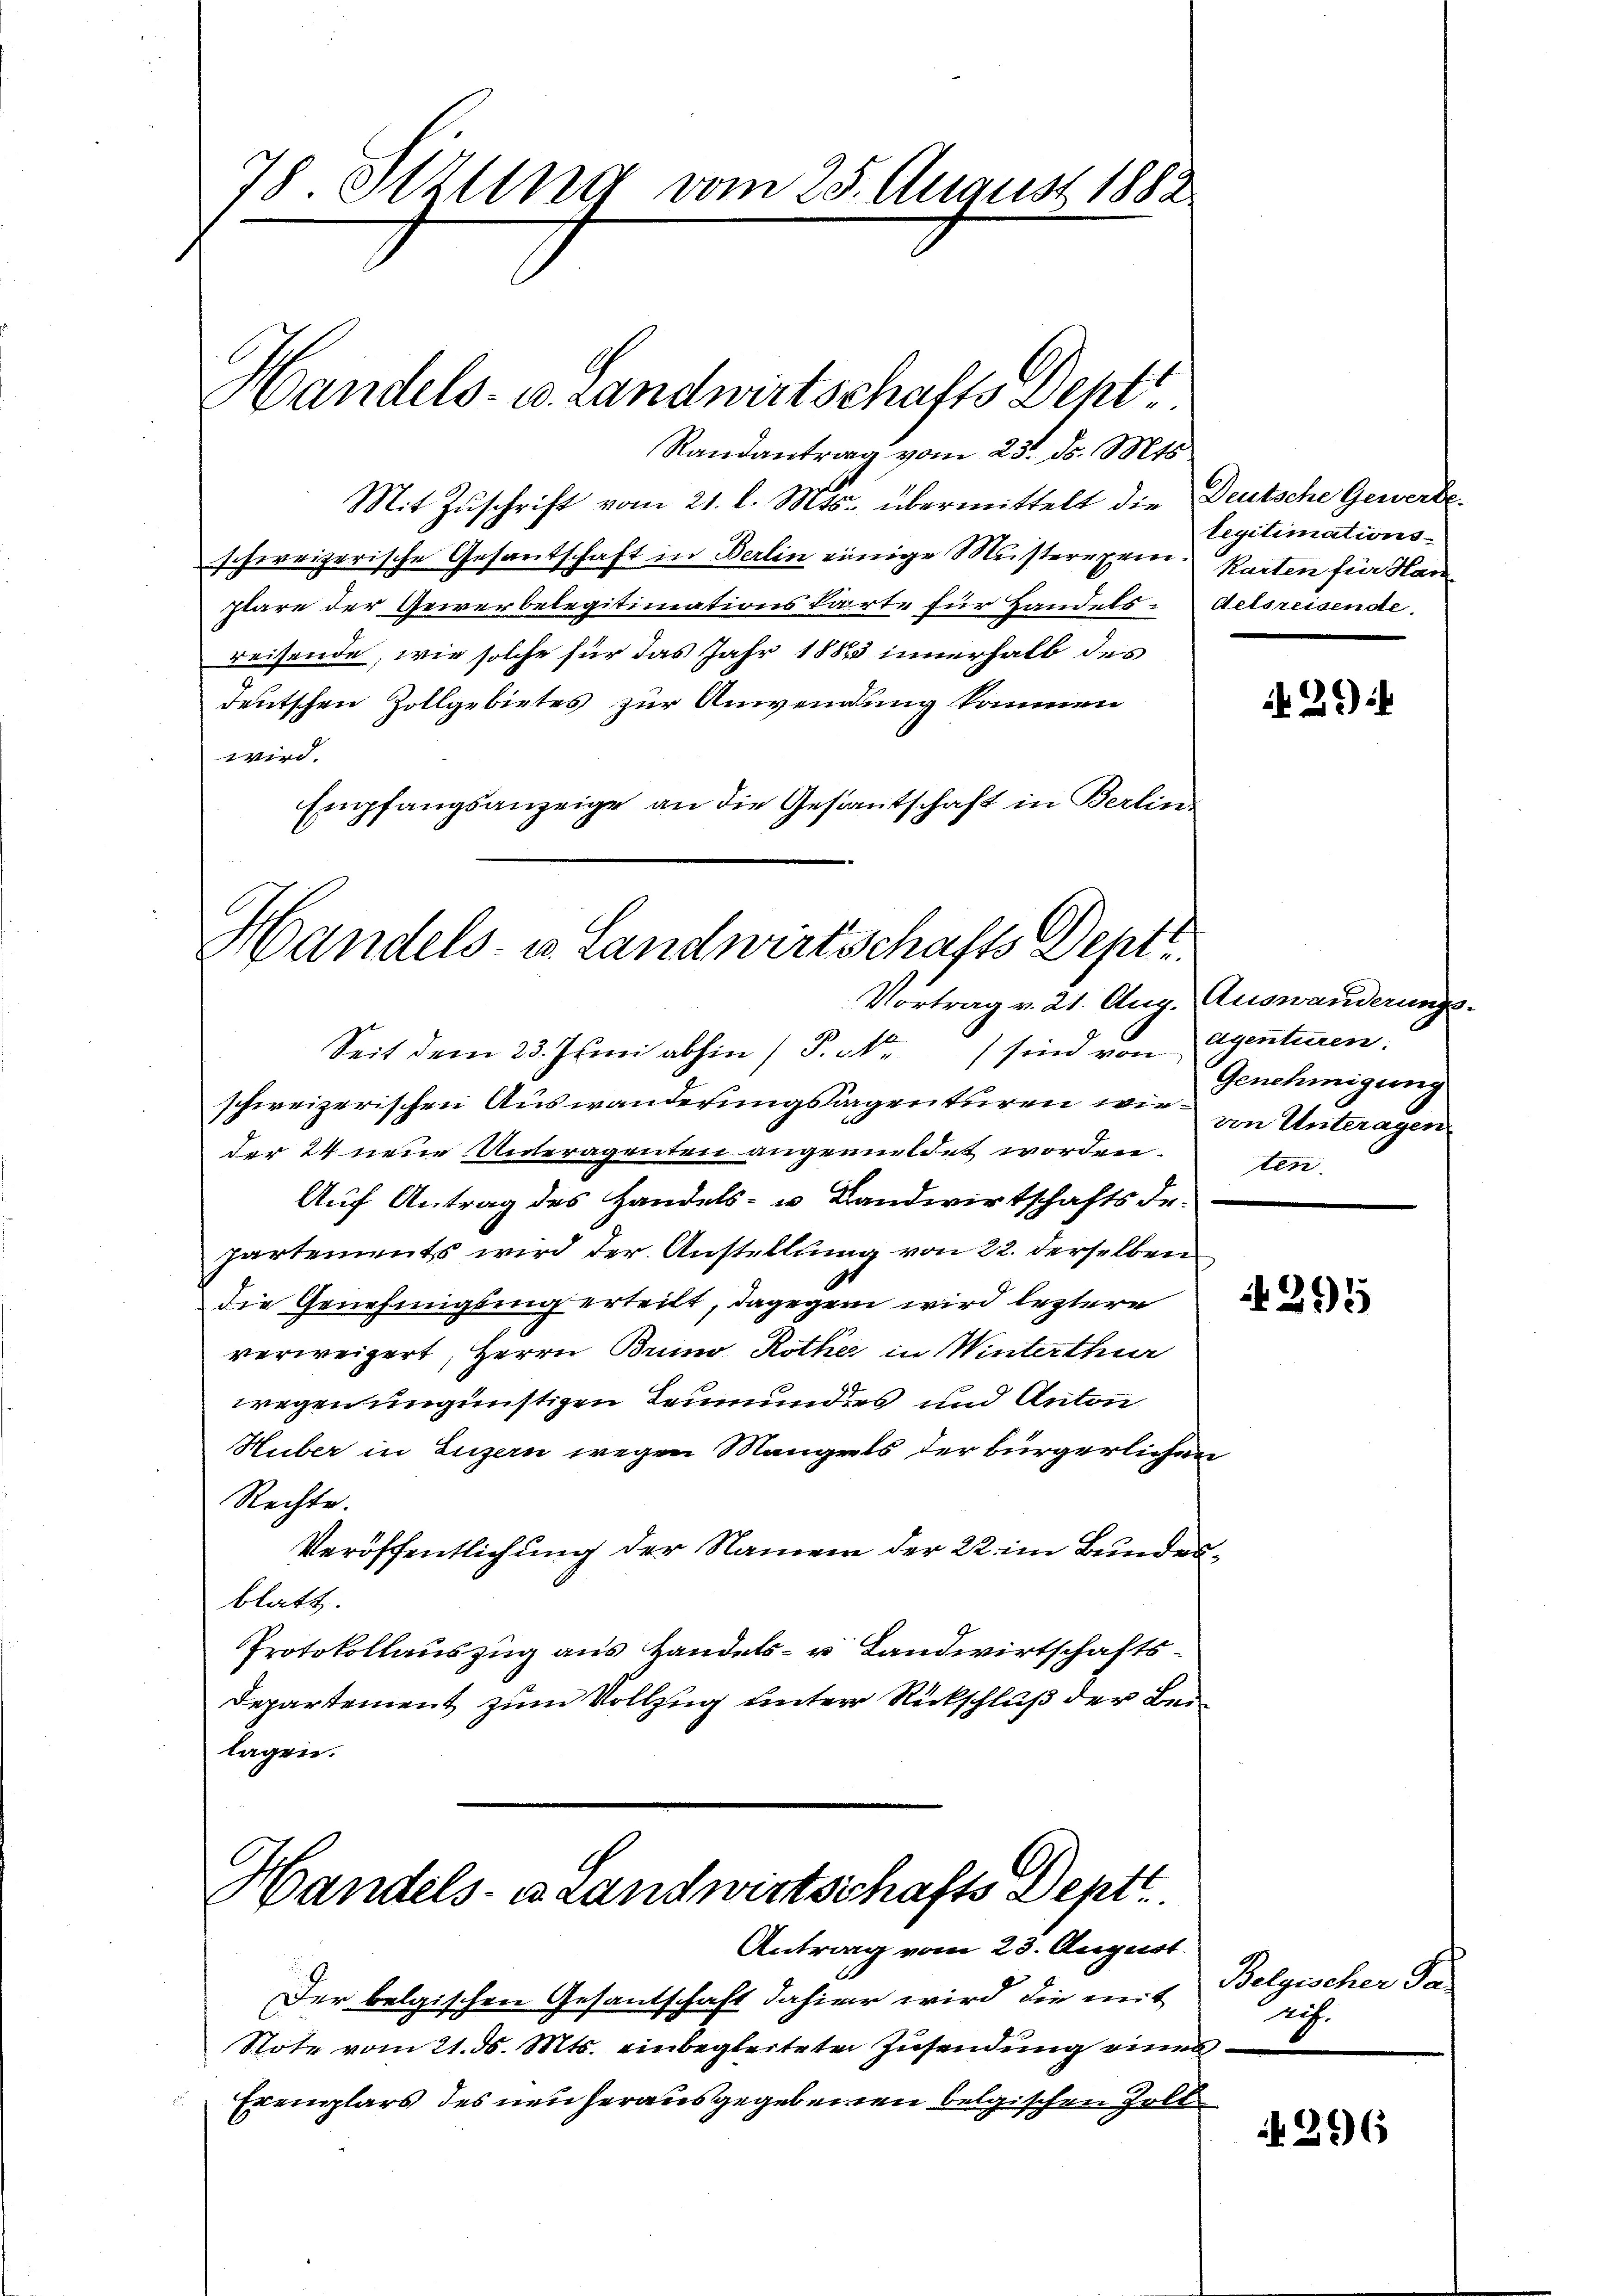
78 Ittung vom 25. August 1882
Handels- u. Landwirtschafts Deht

Randantrag vom 23. ds. Mts.
Mit Zŭschrift vom 21. l. Mts. übermittelt die Deutsche Gewerbeschweizerische Gesantschaft in Berlin einige Musterprin. Karten für Han
plare der Gewerbelegitimationskarte für Handels-delsreisende
reisende, wie solche für das Jahr 1882 innerhalb des
deutschen Zollgebietes zur Anwendung kommen
wird.
Empfangsanzeige an die Gesantschaft in Berlin.

Handels- u. Landwirtschafts Depte

Seit dem 23. Junii abhin (P.a) sind von Agenteien.
schweizerischen Auswanderungsagenturen wir von Unteragen
der 24 neue Unteragenten angemildet worden. Ein
Auf Antrag des Handels- u. Landwirtschaftsde.
partements wird der Anstellung von 22. derselben
die Genehmigling erteilt, dagegen wird leztere
verweigert, Herrn Bruno Rother in Winterthur
wegen ungünstigen Leumunders und Anton
Huber in Luzern wegen Mangels der bürgerlichen
Rechte.
Veröffentlichung der Namen der 22. im Bundesblatt.
Protokollauszug aus Handels- u Landwirtschafts¬
Departement zum Vollzug unter Rückschluß der Beilagen.
Handels- u. Landwirtschafts Deptt

Vortrag v. 21. Aug. Auswanderungs-

Antrag vom 23. August.
Der belgischen Gesantschaft dahier wird die mit
Stote vom 21. d. Mts. einbegleiteten Zusendung eines
Exemplars des neuherausgegebenen belgischen Zoll

legitimations¬

2)

Genehmigung

295

Belgischer Sa
sch.

266